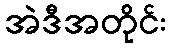
အဲဒီအတိုင်း